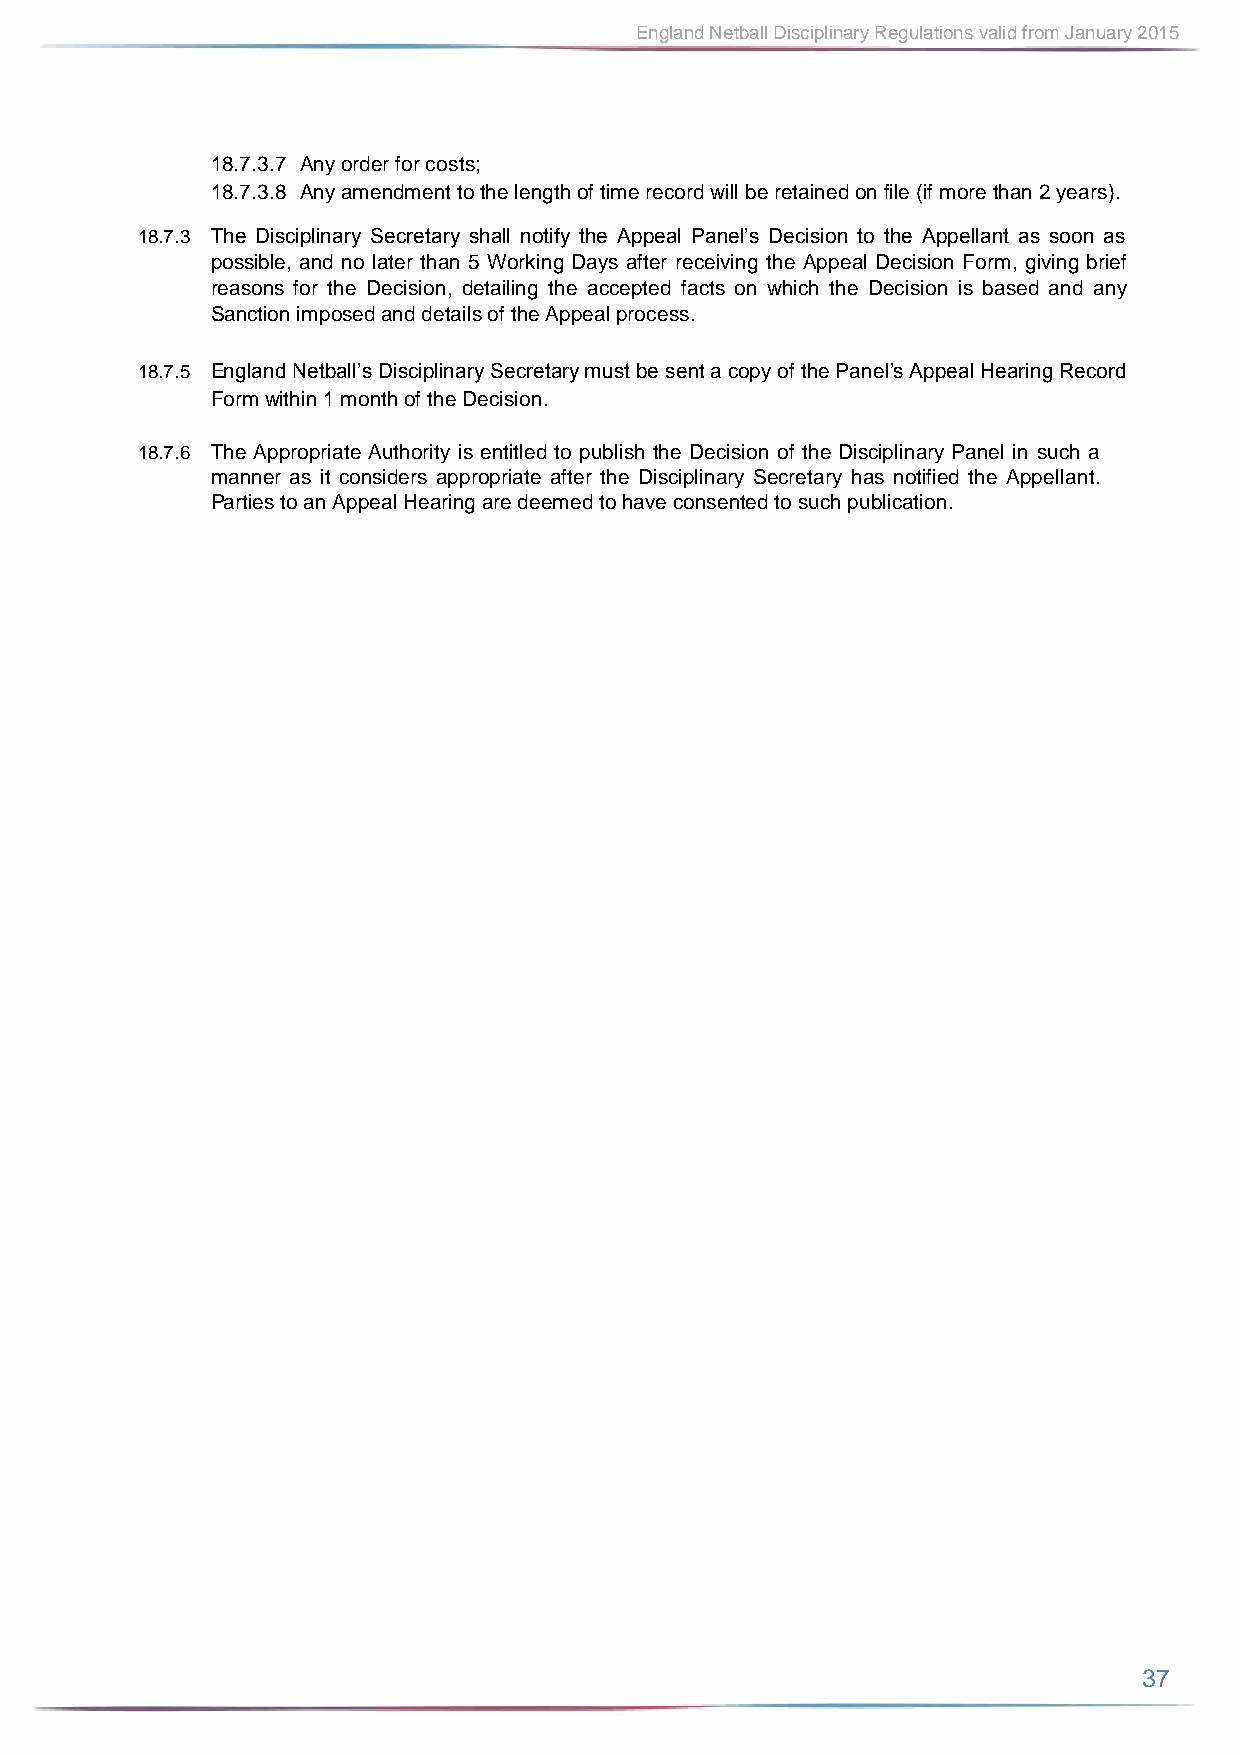
England Netball Disciplinary Regulations valid from January 2015
 18.7.3.7 Any order for costs;
 18.7.3.8 Any amendment to the length of time record will be retained on file (if more than 2 years).
 18.7.3 The Disciplinary Secretary shall notify the Appeal Panel’s Decision to the Appellant as soon as
 possible, and no later than 5 Working Days after receiving the Appeal Decision Form, giving brief
 reasons for the Decision, detailing the accepted facts on which the Decision is based and any
 Sanction imposed and details of the Appeal process.
 18.7.5 England Netball’s Disciplinary Secretary must be sent a copy of the Panel’s Appeal Hearing Record
 Form within 1 month of the Decision.
 18.7.6 The Appropriate Authority is entitled to publish the Decision of the Disciplinary Panel in such a
 manner as it considers appropriate after the Disciplinary Secretary has notified the Appellant.
 Parties to an Appeal Hearing are deemed to have consented to such publication.
 37